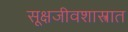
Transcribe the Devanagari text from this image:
सूक्षजीवशास्त्रात